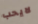
لايحب